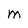
Character: M